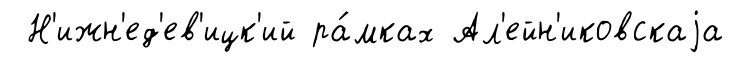
Н'ижн'ед'ев'ицк'ий ра́мках Ал'ейн'иковскаjа